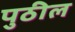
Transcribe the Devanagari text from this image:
पुठील